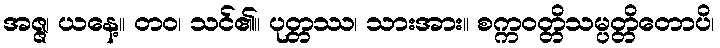
အဇ္ဇ၊ ယနေ့။ တဝ၊ သင်၏။ ပုတ္တဿ၊ သားအား။ စက္ကဝတ္တိသမ္ပတ္တိတောပိ၊